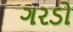
ગરડો